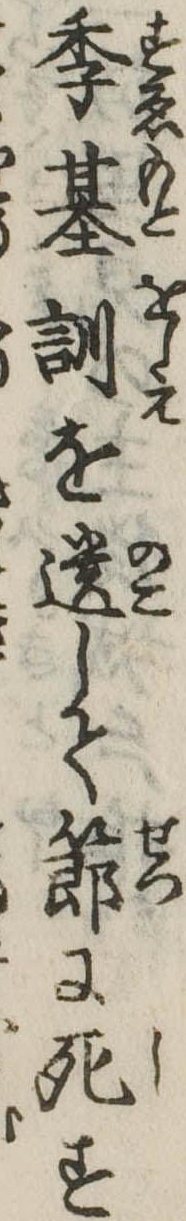
季基訓を遺して節に死す